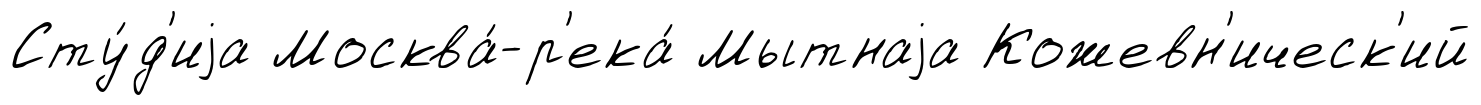
Сту́д'иjа Москва́-р'ека́ Мытнаjа Кожевн'ическ'ий